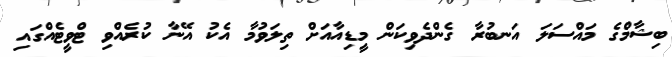
ބިޝާމްގެ މައްސަލަ އަނބުރާ ގެންދެވިކަން މީޑިއާއަށް ތިލަވުމާ އެކު އޭނާ ކުރެއްވި ޓްވީޓެއްގައި